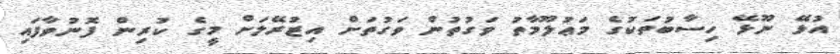
އުޅޭ ނޫޅޭ ހިސާބުތަކުގެ މަޢުލޫމާތު ވަގުތުން ވަގުތަށް އިޒުރޭލަށް މީގެ ކުރިން ފޮނުވާފައި